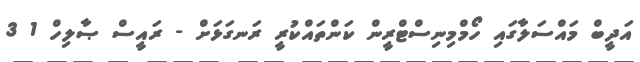
އަދީބް މައްސަލާގައި ހޯމްމިނިސްޓްރީން ކަންތައްކުރީ ރަނގަޅަށް - ރައީސް ޞާލިހް 1 3